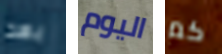
بهذا اليوم كم